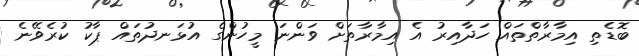
ބޮޑެތި އިމާރާތްތައް ހަދާއިރު އެ އިމާރާތަށް ވަންނަ މީހުންގެ އުޅަނދުތައް ޕާކު ކުރެވޭނެ